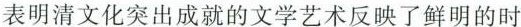
表明清文化突出成就的文学艺术反映了鲜明的时